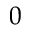
0